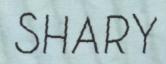
SHARY